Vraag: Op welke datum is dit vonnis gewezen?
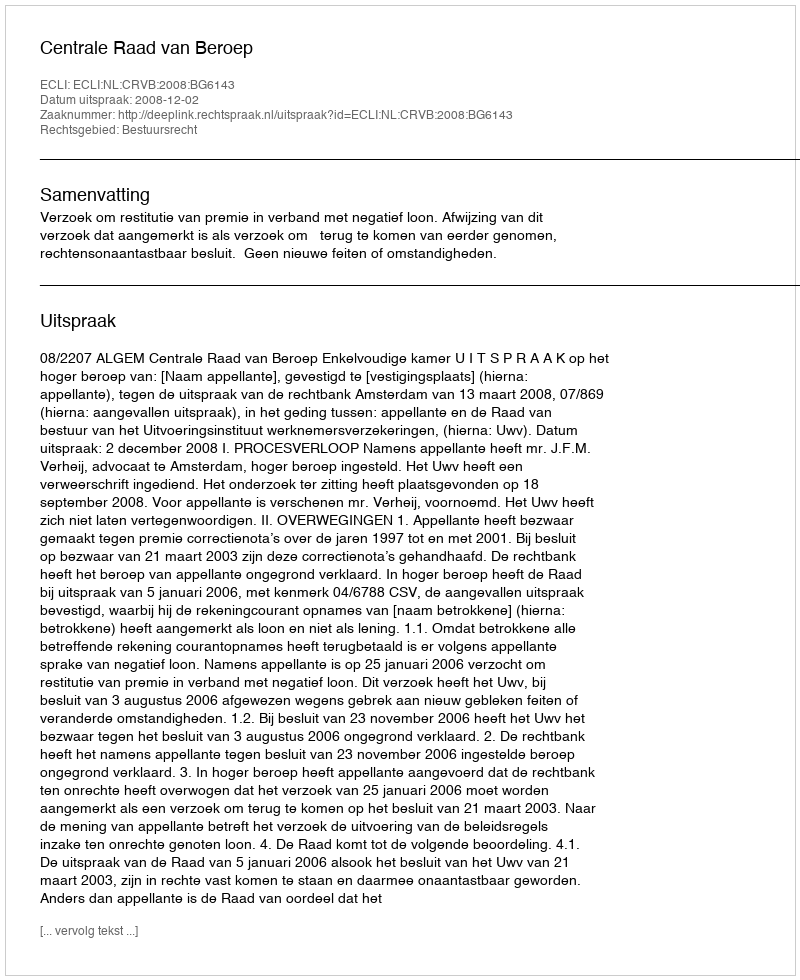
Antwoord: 2008-12-02